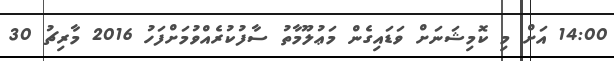
14:00 އަށް މި ކޮމިޝަނަށް ވަޑައިގެން މަޢުލޫމާތު ސާފުކުރެއްވުމަށްފަހު 2016 މާރިޗު 30